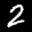
Label: 2